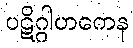
ပဋိဂ္ဂါဟကေန